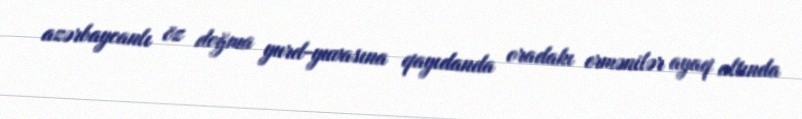
azərbaycanlı öz doğma yurd-yuvasına qayıdanda oradakı ermənilər ayaq altında